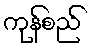
ကုန်စည်